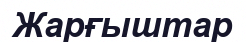
Жарғыштар